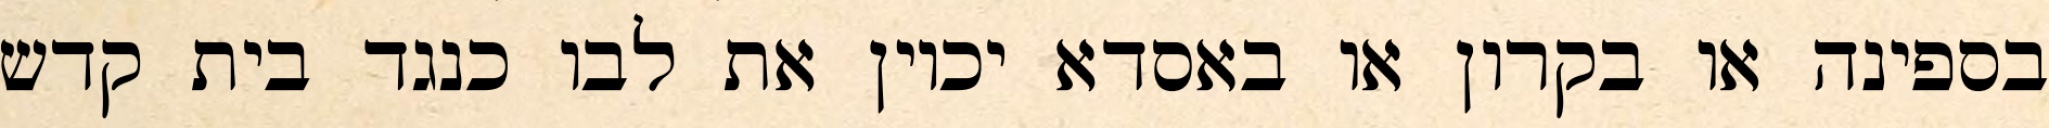
בספינה או בקרון או באסדא יכוין את לבו כנגד בית קדש